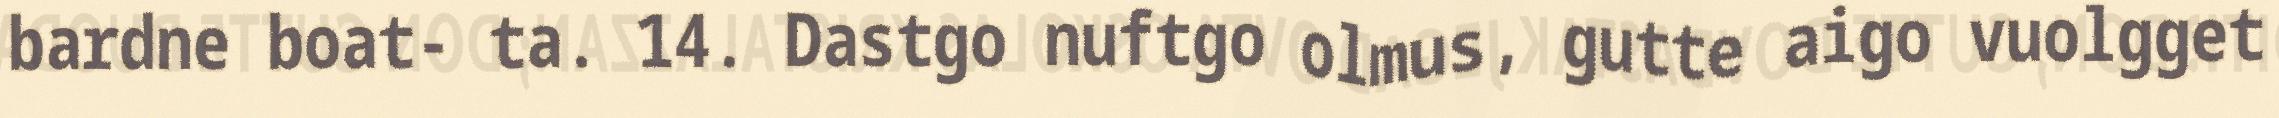
bardne boat- ta. 14. Dastgo nuftgo olmus, gutte aigo vuolgget